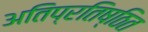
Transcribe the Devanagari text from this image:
अतिप्रतिष्ठित